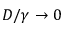
D / \gamma \to 0